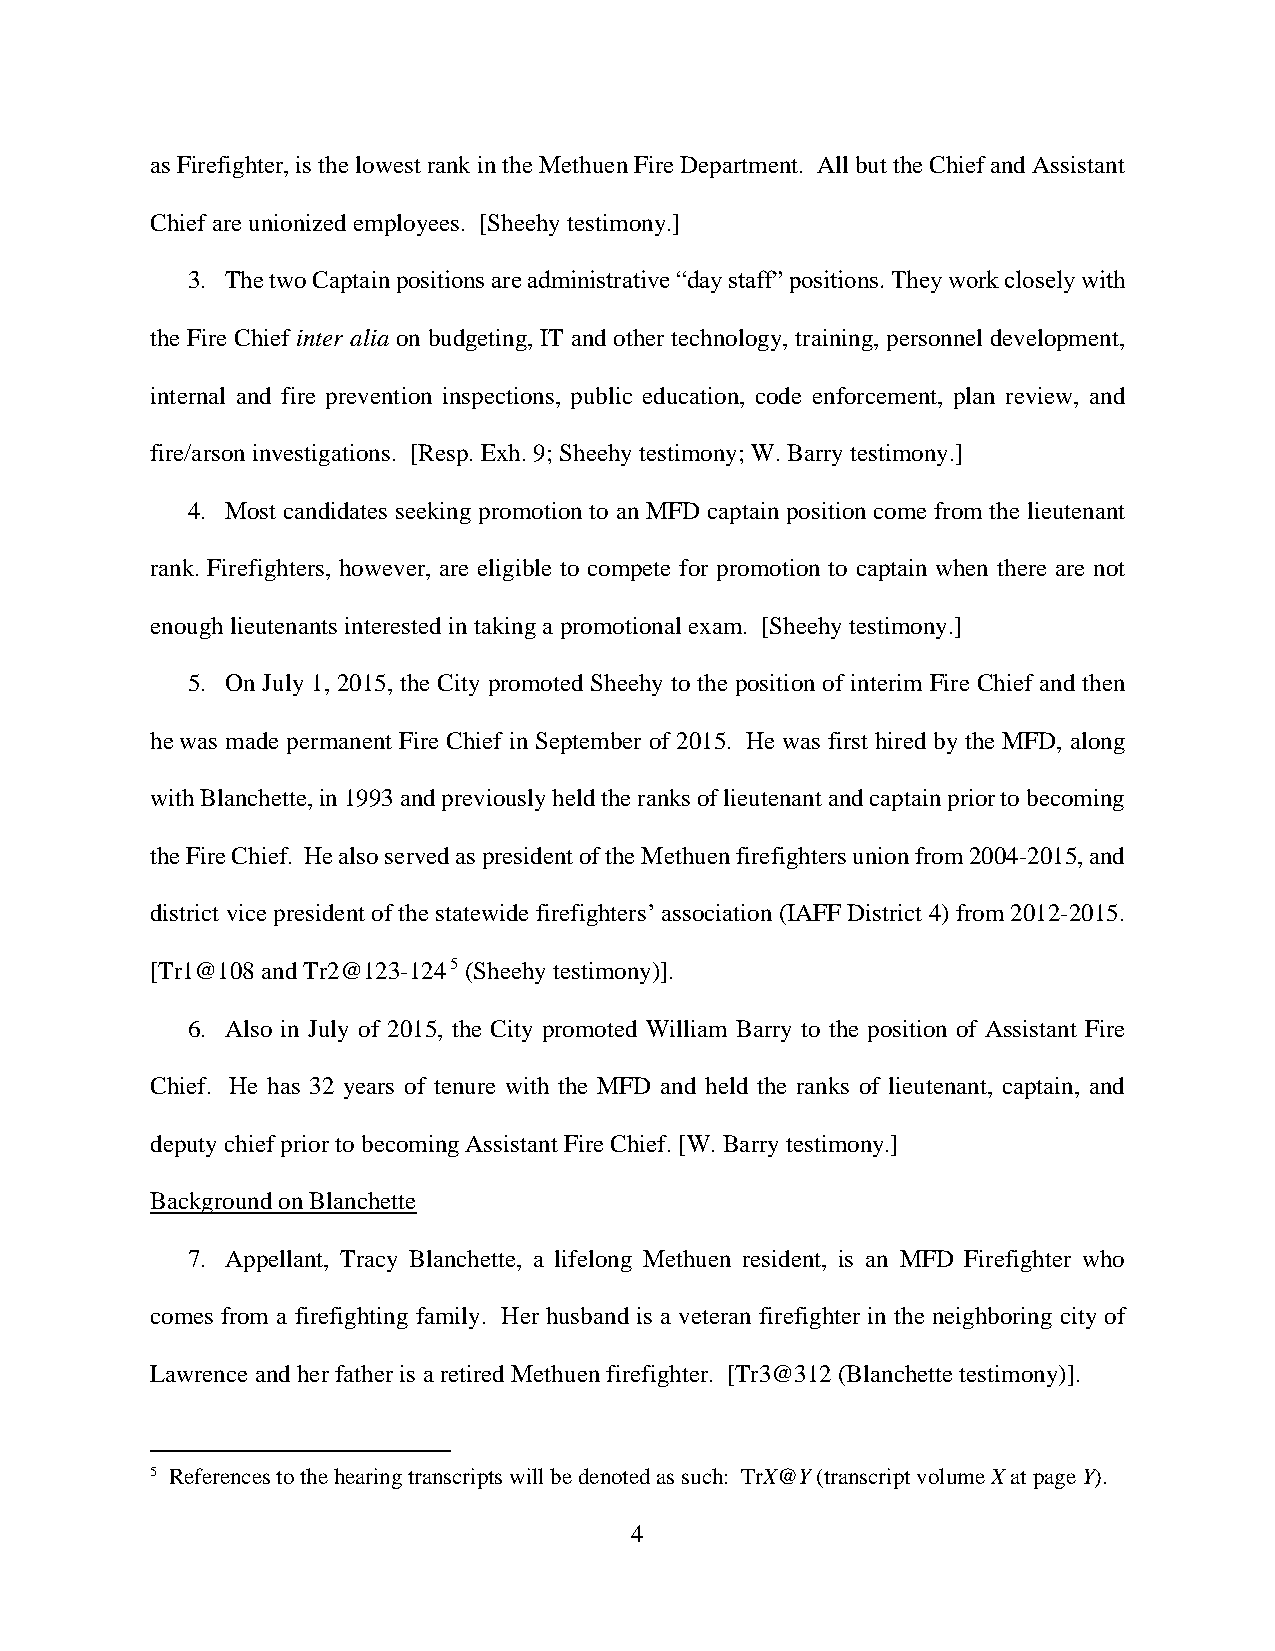
as Firefighter, is the lowest rank in the Methuen Fire Department. All but the Chief and Assistant
 Chief are unionized employees. [Sheehy testimony.]
 3. The two Captain positions are administrative “day staff” positions. They work closely with
 the Fire Chief inter alia on budgeting, IT and other technology, training, personnel development,
 internal and fire prevention inspections, public education, code enforcement, plan review, and
 fire/arson investigations. [Resp. Exh. 9; Sheehy testimony; W. Barry testimony.]
 4. Most candidates seeking promotion to an MFD captain position come from the lieutenant
 rank. Firefighters, however, are eligible to compete for promotion to captain when there are not
 enough lieutenants interested in taking a promotional exam. [Sheehy testimony.]
 5. On July 1, 2015, the City promoted Sheehy to the position of interim Fire Chief and then
 he was made permanent Fire Chief in September of 2015. He was first hired by the MFD, along
 with Blanchette, in 1993 and previously held the ranks of lieutenant and captain prior to becoming
 the Fire Chief. He also served as president of the Methuen firefighters union from 2004-2015, and
 district vice president of the statewide firefighters’ association (IAFF District 4) from 2012-2015.
 [Tr1@108 and Tr2@123-1245 (Sheehy testimony)].
 6. Also in July of 2015, the City promoted William Barry to the position of Assistant Fire
 Chief. He has 32 years of tenure with the MFD and held the ranks of lieutenant, captain, and
 deputy chief prior to becoming Assistant Fire Chief. [W. Barry testimony.]
 Background on Blanchette
 7. Appellant, Tracy Blanchette, a lifelong Methuen resident, is an MFD Firefighter who
 comes from a firefighting family. Her husband is a veteran firefighter in the neighboring city of
 Lawrence and her father is a retired Methuen firefighter. [Tr3@312 (Blanchette testimony)].
 5 References to the hearing transcripts will be denoted as such: TrX@Y (transcript volume X at page Y).
 4